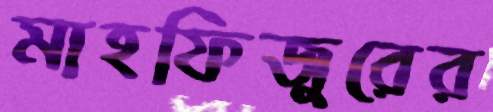
মাহফিজুরের